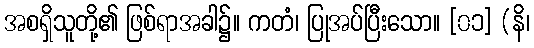
အစရှိသူတို့၏ ဖြစ်ရာအခါ၌။ ကတံ၊ ပြုအပ်ပြီးသော။ [၀၁] (နိ၊